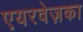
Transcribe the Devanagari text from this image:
एयरवेज़का